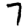
Digit: 7